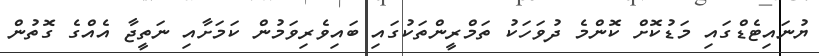
ޔުނައިޓެޑްގައި މަޑުކޮށް ކޮންމެ ދުވަހަކު ތަމްރީންތަކުގައި ބައިވެރިވަމުން ކަމަށާއި ނަތީޖާ އެއްގެ ގޮތުން